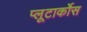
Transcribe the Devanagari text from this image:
प्लूटार्कोस